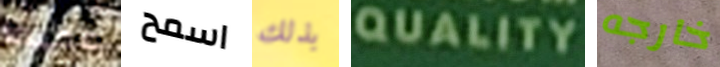
عميقا اسمح بذلك QUALITY خارجه